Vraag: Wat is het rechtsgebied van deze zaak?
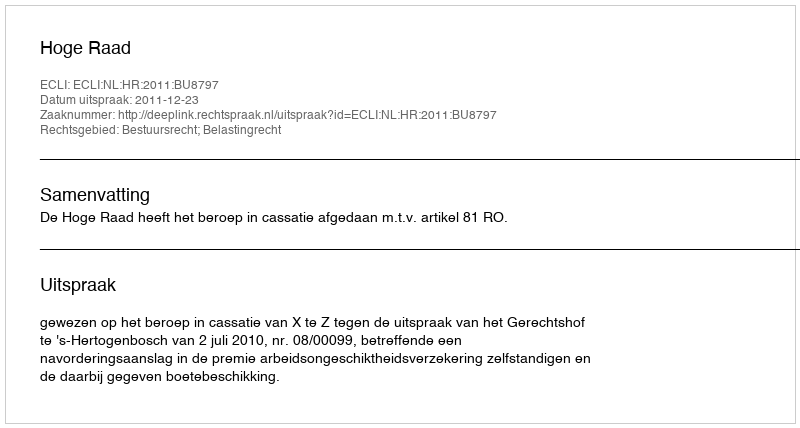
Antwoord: Bestuursrecht; Belastingrecht